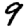
Digit: 9